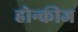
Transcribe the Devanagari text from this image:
होन्कीज